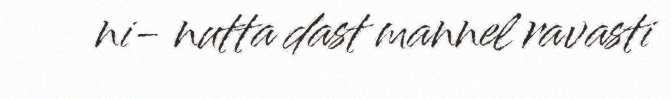
ni- nutta dast mannel ravasti